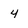
Character: 4